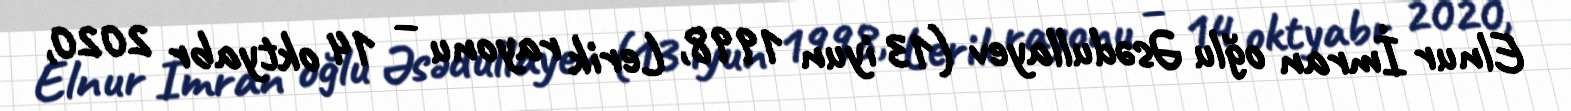
Elnur İmran oğlu Əsədullayev (13 iyun 1998, Lerik rayonu – 14 oktyabr 2020,